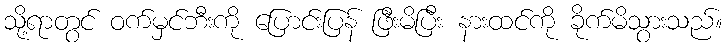
သို့ရာတွင် ဝက်မှင်ဘီးကို ပြောင်းပြန် ဖြီးမိပြီး နားထင်ကို ခိုက်မိသွားသည်။